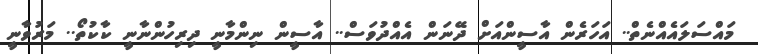
މައްސަލައެއްނެތް.. އަހަރެން އާސީންއަށް ދޭނަން އެއްދުވަސް.. އާސީން ނިންމާނީ ދިރިހުންނާނީ ކާކުތޯ.. މަރުވާނީ